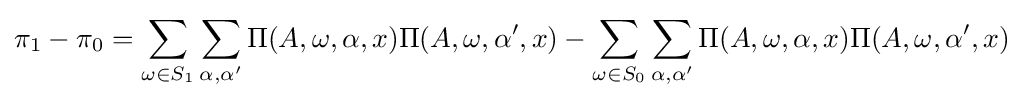
\pi _{1}-\pi _{0}=\sum _{\omega \in S_{1}}\sum _{\alpha ,\alpha '}\Pi (A,\omega ,\alpha ,x)\Pi (A,\omega ,\alpha ',x)-\sum _{\omega \in S_{0}}\sum _{\alpha ,\alpha '}\Pi (A,\omega ,\alpha ,x)\Pi (A,\omega ,\alpha ',x)